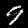
Label: 9